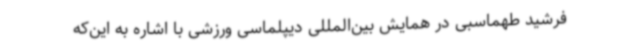
فرشید طهماسبی در همایش بین‌المللی دیپلماسی ورزشی با اشاره به این‌که